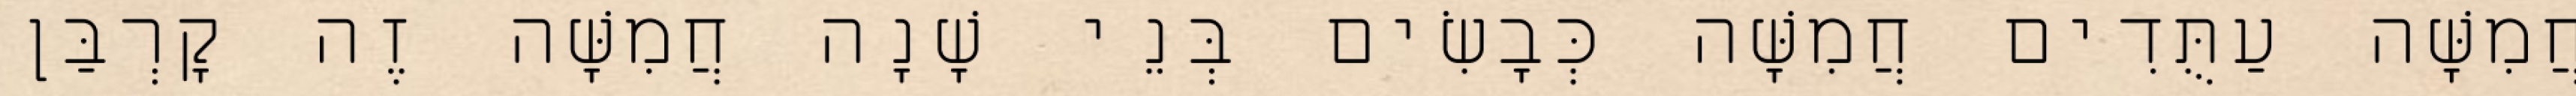
חֲמִשָּׁה עַתֻּדִים חֲמִשָּׁה כְּבָשִׂים בְּנֵי שָׁנָה חֲמִשָּׁה זֶה קָרְבַּן